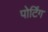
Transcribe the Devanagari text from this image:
पोर्टिंग